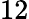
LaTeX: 12